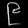
Digit: ၉